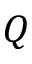
Q